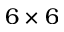
6 \times 6